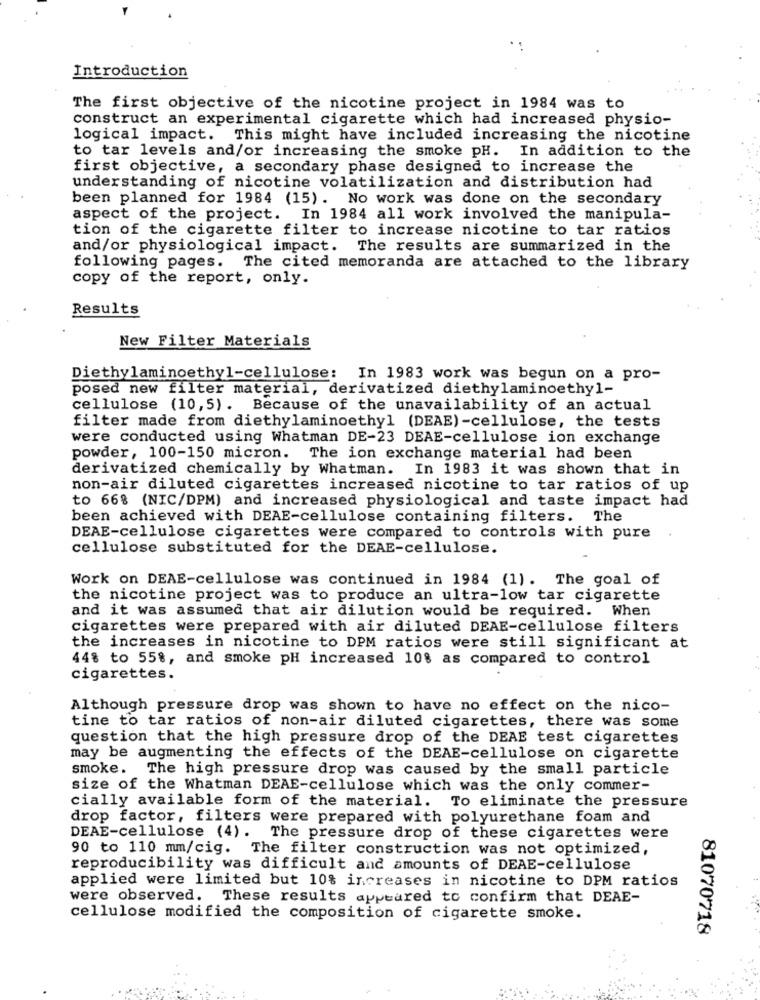
Introduction
The first objective of the nicotine project in 1984 was to
construct an experimental cigarette which had increased physio-
logical impact. This might have included increasing the nicotine
to tar levels and/or increasing the smoke pH. In addition to the
first objective, a secondary phase designed to increase the
understanding of nicotine volatilization and distribution had
been planned for 1984 (15). No work was done on the secondary
aspect of the project. In 1984 all work involved the manipula-
tion of the cigarette filter to increase nicotine to tar ratios
and/or physiological impact. The results are summarized in the
following pages. The cited memoranda are attached to the library
copy of the report, only.
Results
New Filter Materials
Diethylaminoethyl-cellulose: In 1983 work was begun on a pro-
posed new filter material, derivatized diethylaminoethyl-
cellulose (10,5). Because of the unavailability of an actual
filter made from diethylaminoethyl (DEAE)-cellulose, the tests
were conducted using Whatman DE-23 DEAE-cellulose ion exchange
powder, 100-150 micron. The ion exchange material had been
derivatized chemically by Whatman.
In 1983 it was shown that in
non-air diluted cigarettes increased nicotine to tar ratios of up
to 66% (NIC/DPM) and increased physiological and taste impact had
been achieved with DEAE-cellulose containing filters. The
DEAE-cellulose cigarettes were compared to controls with pure
cellulose substituted for the DEAE-cellulose.
Work on DEAE-cellulose was continued in 1984 (1). The goal of
the nicotine project was to produce an ultra-low tar cigarette
and it was assumed that air dilution would be required. When
cigarettes were prepared with air diluted DEAE-cellulose filters
the increases in nicotine to DPM ratios were still significant at
448 to 55%, and smoke pH increased 10% as compared to control
cigarettes.
Although pressure drop was shown to have no effect on the nico-
tine to tar ratios of non-air diluted cigarettes, there was some
question that the high pressure drop of the DEAE test cigarettes
may be augmenting the effects of the DEAE-cellulose on cigarette
smoke. The high pressure drop was caused by the small particle
size of the Whatman DEAE-cellulose which was the only commer-
cially available form of the material. To eliminate the pressure
drop factor, filters were prepared with polyurethane foam and
DEAE-cellulose (4). The pressure drop of these cigarettes were
90 to 110 mm/cig. The filter construction was not optimized,
reproducibility was difficult and amounts of DEAE-cellulose
applied were limited but 10% increases in nicotine to DPM ratios
were observed. These results appeared to confirm that DEAE-
cellulose modified the composition of cigarette smoke.
81070718